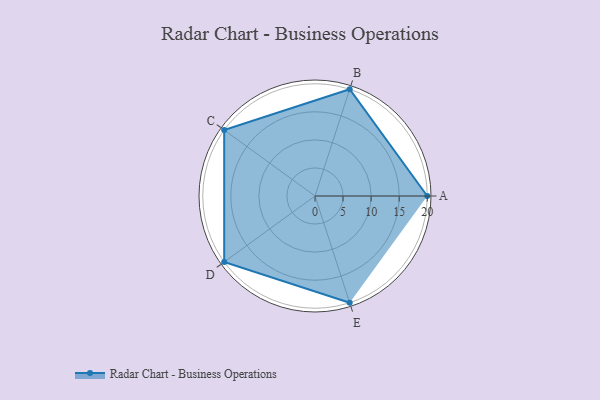
{"axis": {"x": "Skill", "y": "Score"}, "legend": ["Profile"], "data": [{"x": "A", "y": 20.0, "type": "Profile"}, {"x": "B", "y": 20, "type": "Profile"}, {"x": "C", "y": 20, "type": "Profile"}, {"x": "D", "y": 20, "type": "Profile"}, {"x": "E", "y": 20, "type": "Profile"}]}